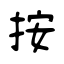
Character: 按